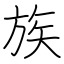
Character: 族